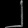
Digit: ၂